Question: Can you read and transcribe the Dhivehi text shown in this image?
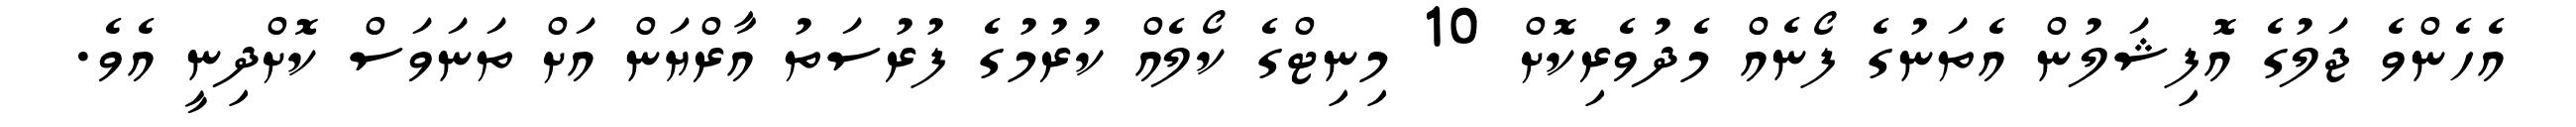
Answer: އެހެންވެ ޖަލުގެ އޮފިޝަލުން އެތަނުގެ ފޯނެއް މެދުވެރިކޮށް 10 މިނިޓްގެ ކޯލެއް ކުރުމުގެ ފުރުސަތު އާރްޔަން އަށް ތަނަވަސް ކޮށްދިނީ އެވެ.